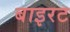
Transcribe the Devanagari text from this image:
बाइरट